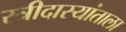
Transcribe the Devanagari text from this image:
स्त्रीदास्यांताला